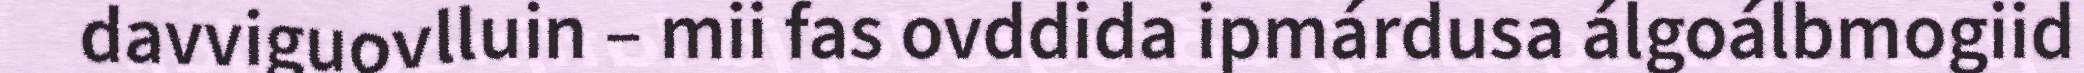
davviguovlluin – mii fas ovddida ipmárdusa álgoálbmogiid